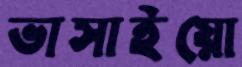
ভাসাইয়ো